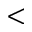
<